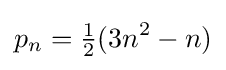
p_{n}={\tfrac {1}{2}}(3n^{2}-n)